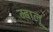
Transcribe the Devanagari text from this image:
म्बालू